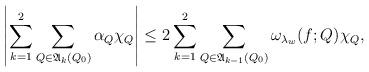
LaTeX: \begin{align*}\left|\sum_{k=1}^2\sum_{Q\in\mathfrak{A}_k(Q_0)}\alpha_Q\chi_Q\right|\leq2\sum_{k=1}^2\sum_{Q\in\mathfrak{A}_{k-1}(Q_0)}\omega_{\lambda_w}(f;Q)\chi_Q,\end{align*}